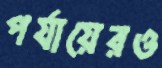
পর্যায়েরও